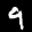
Label: 9